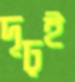
দৃঢ়ই